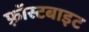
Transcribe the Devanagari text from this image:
फ़्रॉस्टबाइट